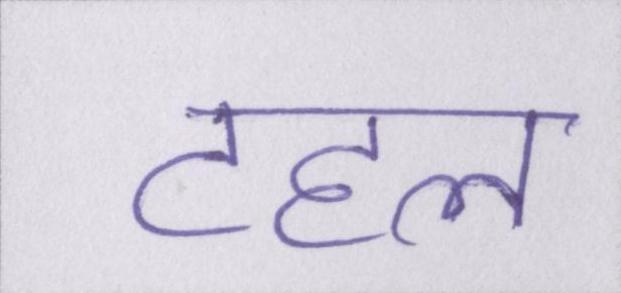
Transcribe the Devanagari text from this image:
टहल